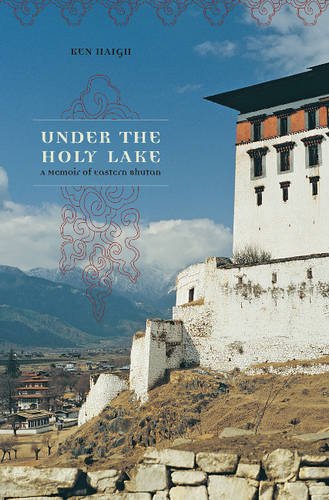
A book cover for Under the Holy Lake: A Memoir of Eastern Bhutan (Wayfarer); Ken Haigh; Travel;